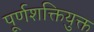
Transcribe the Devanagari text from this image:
पूर्णशक्तियुक्त